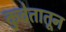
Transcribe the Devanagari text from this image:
कुवेतातून